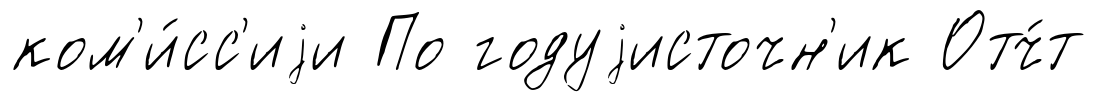
ком'и́сс'иjи По годуjисточн'ик Отч́т